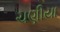
ચણીયા